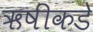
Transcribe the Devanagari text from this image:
ऋषींकडे